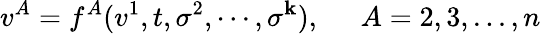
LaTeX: v^{A}=f^{A}(v^{1},t,\sigma^{2},\cdots,\sigma^{\mathbf{k}}),\; \; \; \; \; A=2,3,...,n